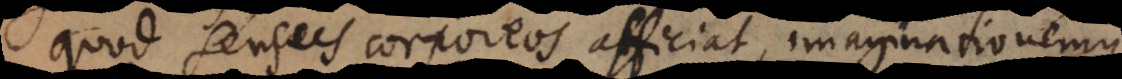
quod sensus corporeos afficiat, imaginationemque